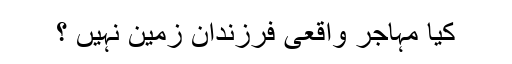
کیا مہاجر واقعی فرزندان زمین نہیں ؟